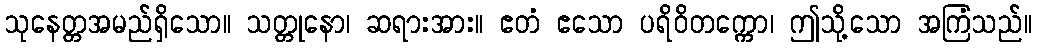
သုနေတ္တအမည်ရှိသော။ သတ္တုနော၊ ဆရားအား။ ဧတံ ဧသော ပရိဝိတက္ကော၊ ဤသို့သော အကြံသည်။